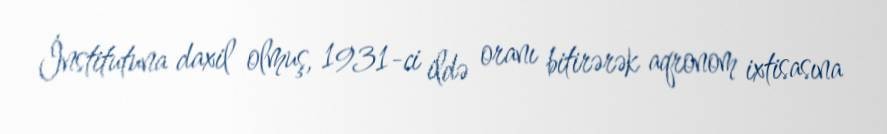
İnstitutuna daxil olmuş, 1931-ci ildə oranı bitirərək aqronom ixtisasına